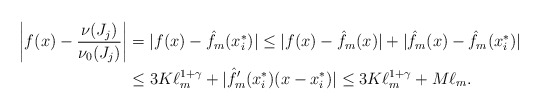
\begin{align*} \bigg|f(x)-\frac{\nu(J_j)}{\nu_0(J_j)}\bigg|&=|f(x)-\hat f_m(x_i^*)|\leq |f(x)-\hat f_m(x)|+|\hat f_m(x)-\hat f_m(x_i^*)|\\ & \leq 3K\ell_m^{1+\gamma}+ |\hat f_m'(x_i^*)(x-x_i^*)| \leq 3K\ell_m^{1+\gamma}+ M \ell_m. \end{align*}